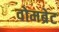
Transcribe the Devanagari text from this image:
वोमब्रेट